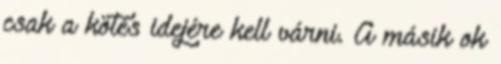
csak a kötés idejére kell várni. A másik ok